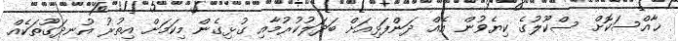
ޚާއްސަކޮށް ސްކޫލުގެ ކިޔެވުން އެއް ދަންފަޅިއަށް ބަދަލުކުރުމާއި ގުޅިގެން މިކަމަށް އިތުރު އުނދަގޫތަކެއް